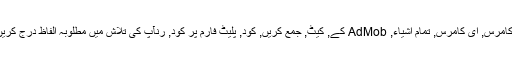
مطلوبہ الفاظ:ای کامرس, ای کامرس, تمام اشیاء, AdMob کے, کیٹ, جمع کریں, کود, پلیٹ فارم پر کود, رنآپ کی تلاش میں مطلوبہ الفاظ درج کریں کر سکتے ہیں!